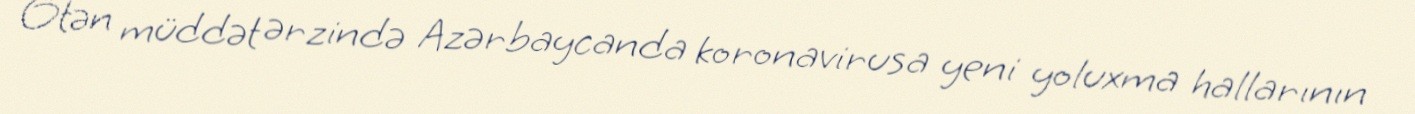
Ötən müddət ərzində Azərbaycanda koronavirusa yeni yoluxma hallarının